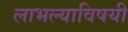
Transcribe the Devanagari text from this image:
लाभल्याविषयी